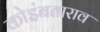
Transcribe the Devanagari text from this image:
कोइंबताराव